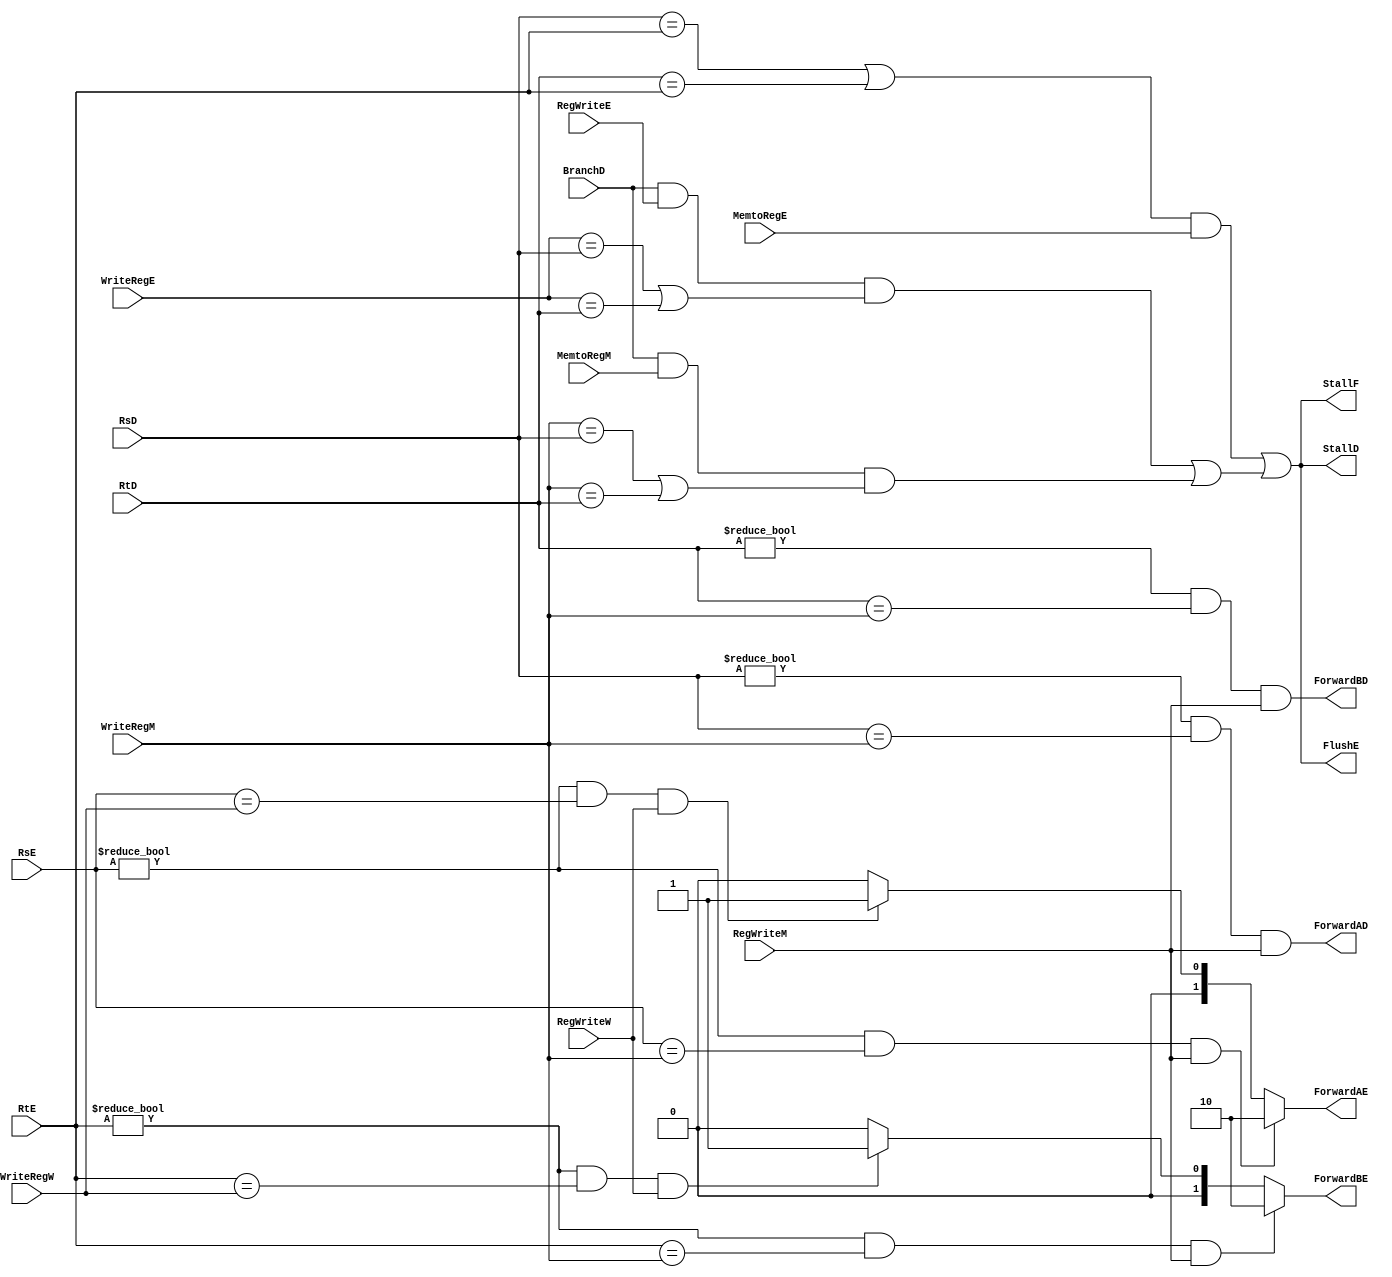
module HazardUnit(StallF,StallD,
BranchD,ForwardAD,ForwardBD,ForwardAE,ForwardBE,
RsD,RtD,RsE,RtE,FlushE,RegWriteE,MemtoRegE,
WriteRegE,WriteRegM,RegWriteM,RegWriteW,WriteRegW,
MemtoRegM);
input RegWriteE,RegWriteM,RegWriteW,MemtoRegE,MemtoRegM,BranchD;

input[4:0] RsD,RtD,RsE,RtE,WriteRegE,WriteRegM,WriteRegW;

output reg [1:0] ForwardAE,ForwardBE;

output reg ForwardAD,ForwardBD,StallF,StallD,FlushE;

reg lwstall,branchstall;

always @(*)begin
    if( (RsE != 0)&& (RsE ==WriteRegM) && RegWriteM) 
        ForwardAE= 2'b10;
    else if ((RsE != 0)&& (RsE ==WriteRegW) && RegWriteW) 
        ForwardAE = 2'b01;
    else ForwardAE= 2'b00;

    if((RtE != 0)&&(RtE == WriteRegM)&& RegWriteM)
        ForwardBE <= 2'b10; 
    else if ( (RtE != 0)&&(RtE ==WriteRegW) && (RegWriteW))
        ForwardBE <= 2'b01;
    else ForwardBE <= 2'b00;

    ForwardAD <= (RsD != 0)&&(RsD==WriteRegM)&& RegWriteM;
    ForwardBD <= (RtD != 0)&&(RtD==WriteRegM)&& RegWriteM;

    branchstall <= (BranchD &&RegWriteE && (WriteRegE == RsD || WriteRegE == RtD) )
                    || (BranchD && MemtoRegM&& (WriteRegM == RsD || WriteRegM == RtD));

    lwstall <= ((RsD==RtE) || (RtD==RtE))&& MemtoRegE;
    StallF <= lwstall || branchstall;
    StallD <= StallF;
    FlushE <= StallD;

end

endmodule